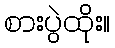
စားပွဲထိုး။